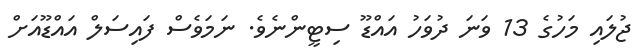
ޖުލައި މަހުގެ 13 ވަނަ ދުވަހު އައްޑޫ ސިޓީންނެވެ. ނަމަވެސް ފައިސަލް އައްޑޫއަށް